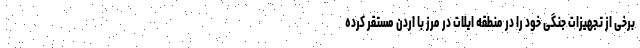
برخی از تجهیزات جنگی خود را در منطقه ایلات در مرز با اردن مستقر کرده